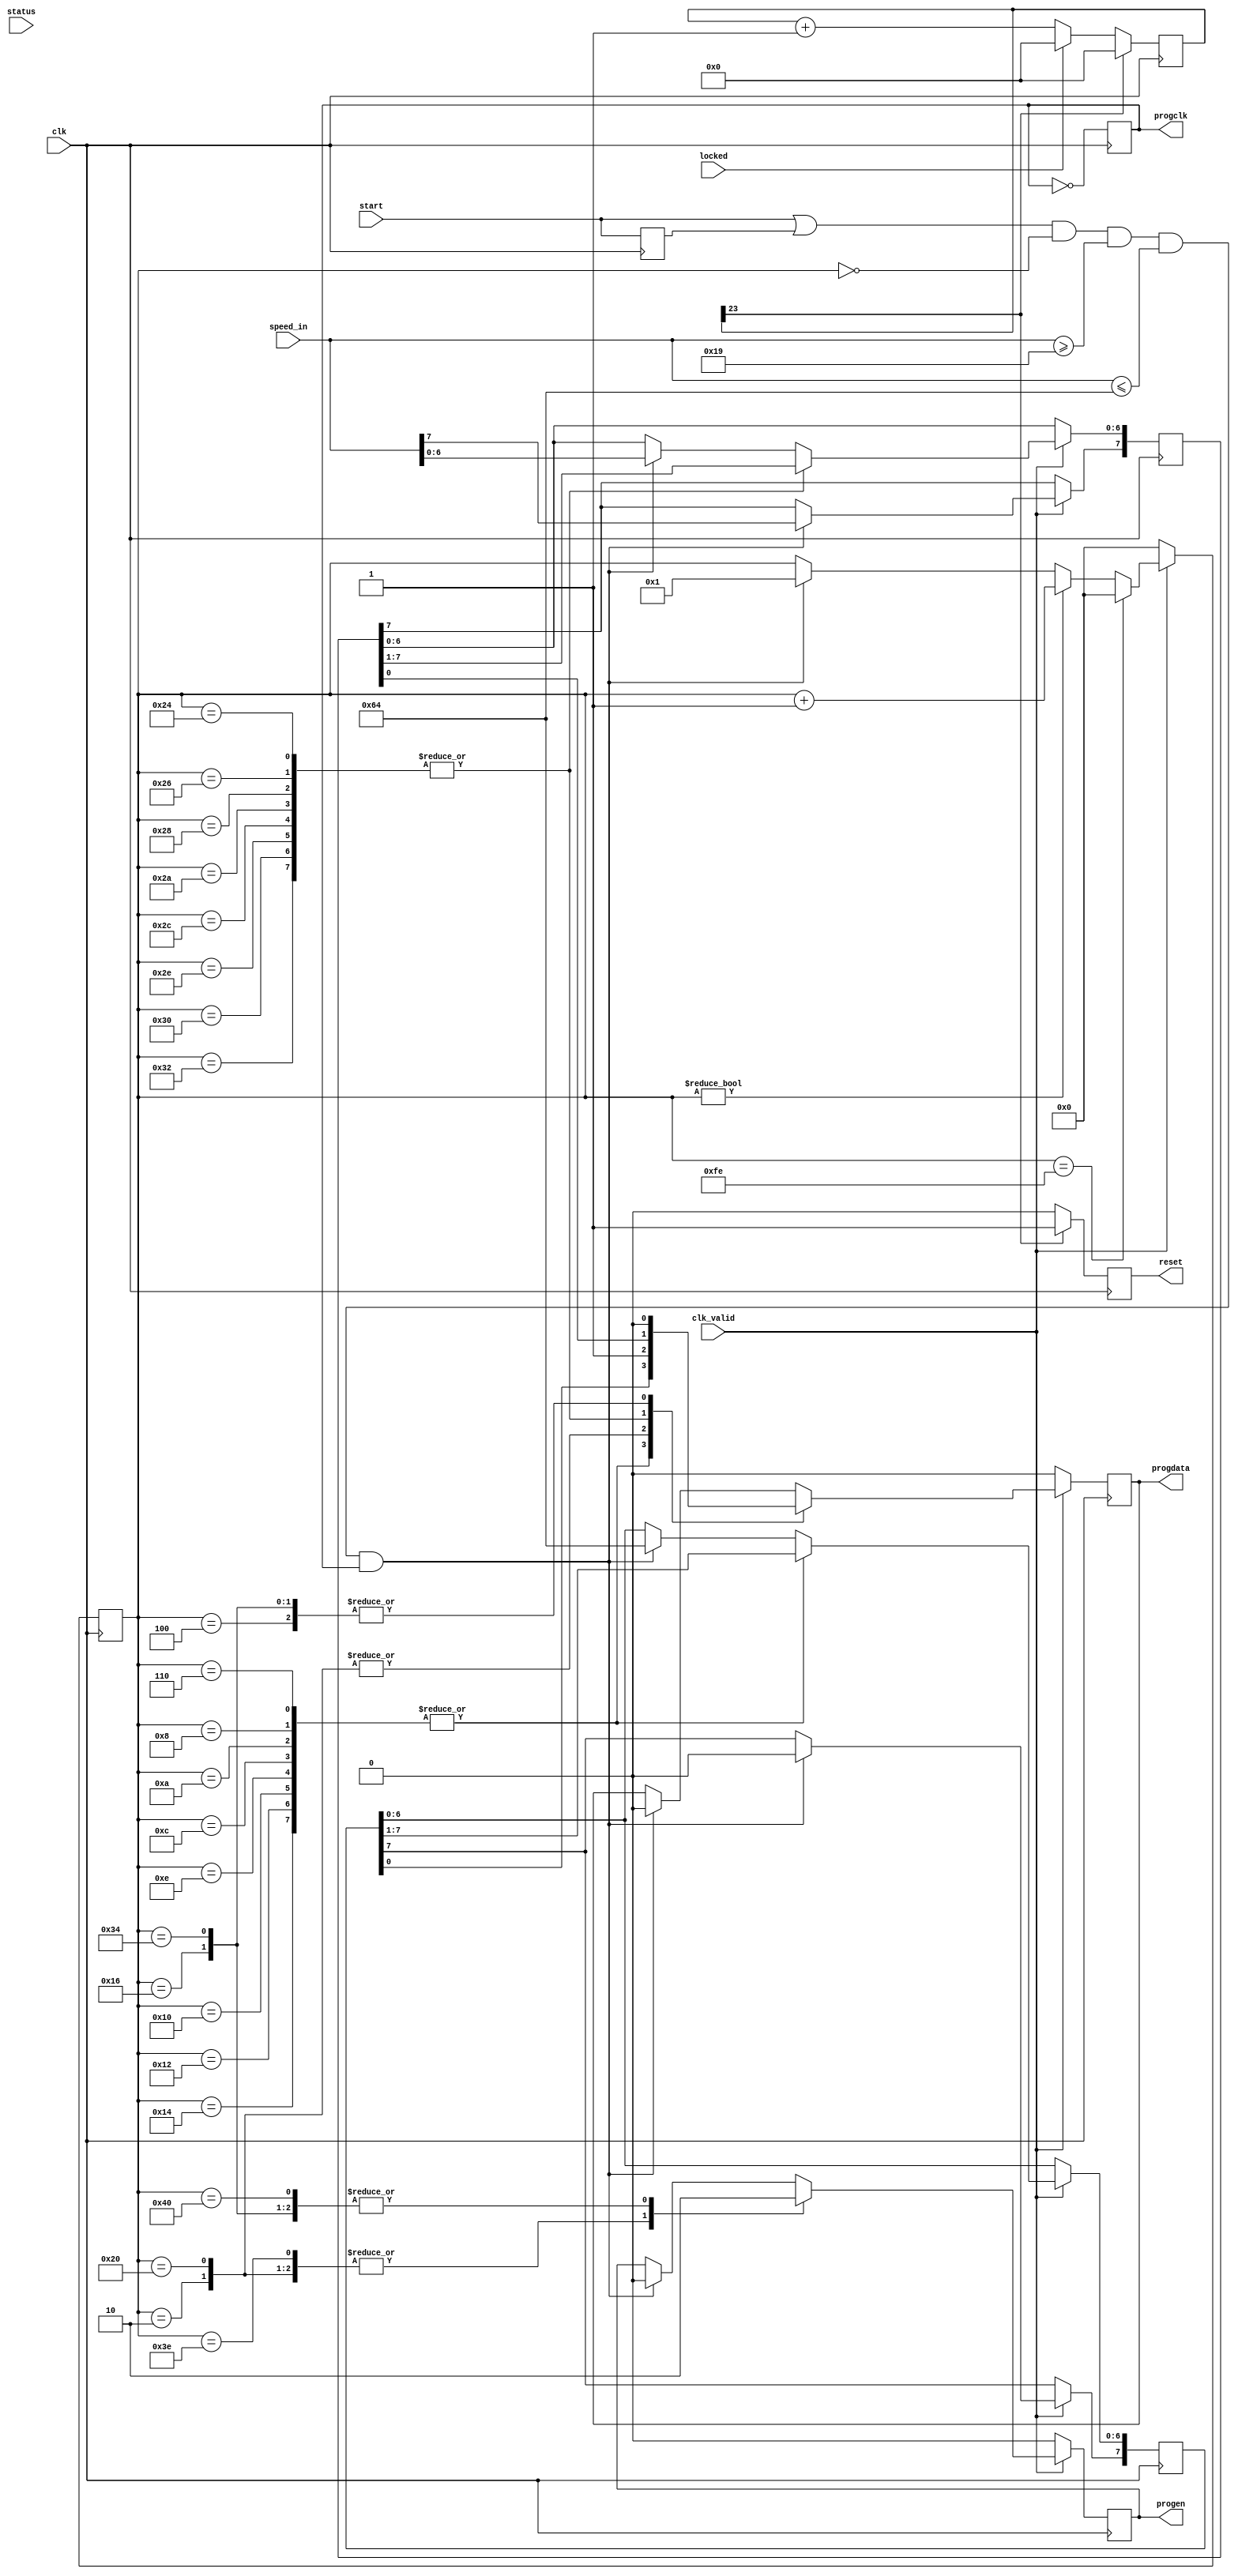
module dyn_pll_ctrl # (parameter SPEED_MHZ = 25, parameter SPEED_LIMIT = 100, parameter SPEED_MIN = 25, parameter OSC_MHZ = 100)
	(clk,
	clk_valid,
	speed_in,
	start,
	progclk,
	progdata,
	progen,
	reset,
	locked,
	status);

	input clk;				// NB Assumed to be 12.5MHz uart_clk
	input clk_valid;		// Drive from LOCKED output of first dcm (ie uart_clk valid)
	input [7:0] speed_in;
	input start;
	output reg progclk = 0;
	output reg progdata = 0;
	output reg progen = 0;
	output reg reset = 0;
	input locked;
	input [2:1] status;

	// NB spec says to use (dval-1) and (mval-1), but I don't think we need to be that accurate
	//    and this saves an adder. Feel free to amend it.
	reg [23:0] watchdog = 0;
	reg [7:0] state = 0;
	reg [7:0] dval = OSC_MHZ;	// Osc clock speed (hence mval scales in MHz)
	reg [7:0] mval = SPEED_MHZ;
	reg start_d1 = 0;
	
	always @ (posedge clk)
	begin
		progclk <= ~progclk;
		start_d1 <= start;
		reset <= 1'b0;
		
		// Watchdog is just using locked, perhaps also need | ~status[2]
		if (locked)
			watchdog <= 0;
		else
			watchdog <= watchdog + 1'b1;
		
		if (watchdog[23])		// Approx 670mS at 12.5MHz - NB spec is 5ms to lock at >50MHz CLKIN (50ms at <50MHz CLKIN)
		begin					// but allow longer just in case
			watchdog <= 0;
			reset <= 1'b1;		// One cycle at 12.5MHz should suffice (requirment is 3 CLKIN at 100MHz)
		end
		
		if (~clk_valid)			// Try not to run while clk is unstable
		begin
			progen <= 0;
			progdata <= 0;
			state <= 0;
		end
		else
		begin
		
			// The documentation is unclear as to whether the DCM loads data on positive or negative edge. The timing
			// diagram unhelpfully shows data changing on the positive edge, which could mean either its sampled on
			// negative, or it was clocked on positive! However the following (WRONGLY) says NEGATIVE ...
			// http://forums.xilinx.com/t5/Spartan-Family-FPGAs/Spartan6-DCM-CLKGEN-does-PROGCLK-have-a-maximum-period-minimum/td-p/175642
			// BUT this can lock up the DCM, positive clock seems more reliable (but it can still lock up for low values of M, eg 2).
			// Added SPEED_MIN to prevent this (and positive clock is correct, after looking at other implementations eg ztex/theseven)
		
			if ((start || start_d1) && state==0 && speed_in >= SPEED_MIN && speed_in <= SPEED_LIMIT && progclk==1)	// positive clock
			// if ((start || start_d1) && state==0 && speed_in >= SPEED_MIN && speed_in <= SPEED_LIMIT && progclk==0)	// negative clock
			begin
				progen <= 0;
				progdata <= 0;
				mval <= speed_in;
				dval <= OSC_MHZ;
				state <= 1;
			end
			if (state != 0)
				state <= state + 1'd1;
			case (state)		// Even values to sync with progclk
				// Send D
				2: begin
					progen <= 1;
					progdata <= 1;
				end
				4: begin
					progdata <= 0;
				end
				6,8,10,12,14,16,18,20: begin
					progdata <= dval[0];
					dval[6:0] <= dval[7:1];
				end
				22: begin
					progen <= 0;
					progdata <= 0;
				end
				// Send M
				32: begin
					progen <= 1;
					progdata <= 1;
				end
				36,38,40,42,44,46,48,50: begin
					progdata <= mval[0];
					mval[6:0] <= mval[7:1];
				end
				52: begin
					progen <= 0;
					progdata <= 0;
				end
				// Send GO - NB 1 clock cycle
				62: begin
					progen <= 1;
				end
				64: begin
					progen <= 0;
				end
				// We should wait on progdone/locked, but just go straight back to idle
				254: begin
					state <= 0;
				end
			endcase
		end
	end
endmodule